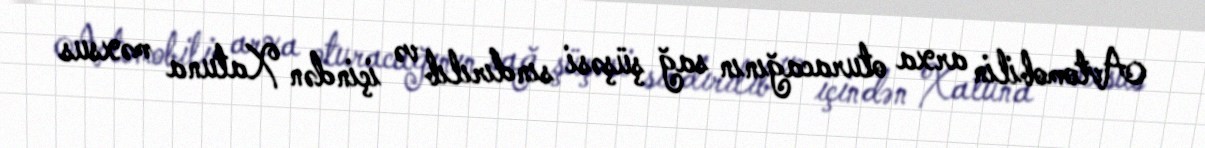
Avtomobilin arxa oturacağının sağ şüşəsi sındırılıb və içindən Xatuna məxsus